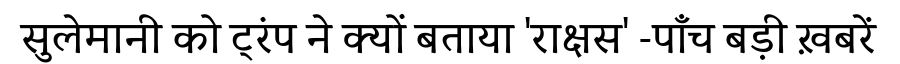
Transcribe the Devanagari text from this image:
सुलेमानी को ट्रंप ने क्यों बताया 'राक्षस' -पाँच बड़ी ख़बरें